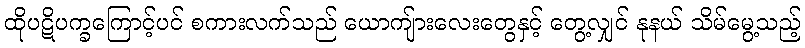
ထိုပဋိပက္ခကြောင့်ပင် စကားလက်သည် ယောကျ်ားလေးတွေနှင့် တွေ့လျှင် နုနယ် သိမ်မွေ့သည့်